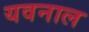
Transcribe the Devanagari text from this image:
यवनाल